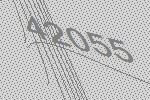
42055